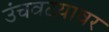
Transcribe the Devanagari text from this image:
उंचवटय़ावर